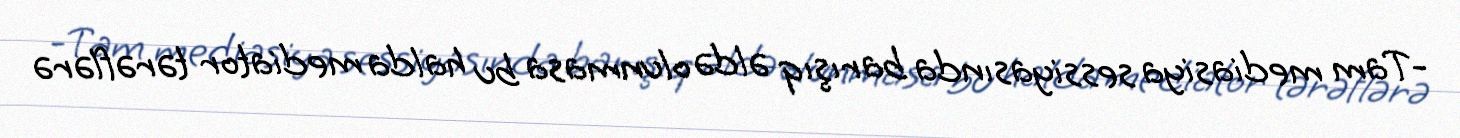
-Tam mediasiya sessiyasında barışıq əldə olunmasa bu halda mediator tərəflərə